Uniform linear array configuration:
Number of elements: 8
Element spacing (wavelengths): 0.25
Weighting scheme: exponential
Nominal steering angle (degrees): -15
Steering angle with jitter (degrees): -16.056
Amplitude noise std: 0.05
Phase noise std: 0.05

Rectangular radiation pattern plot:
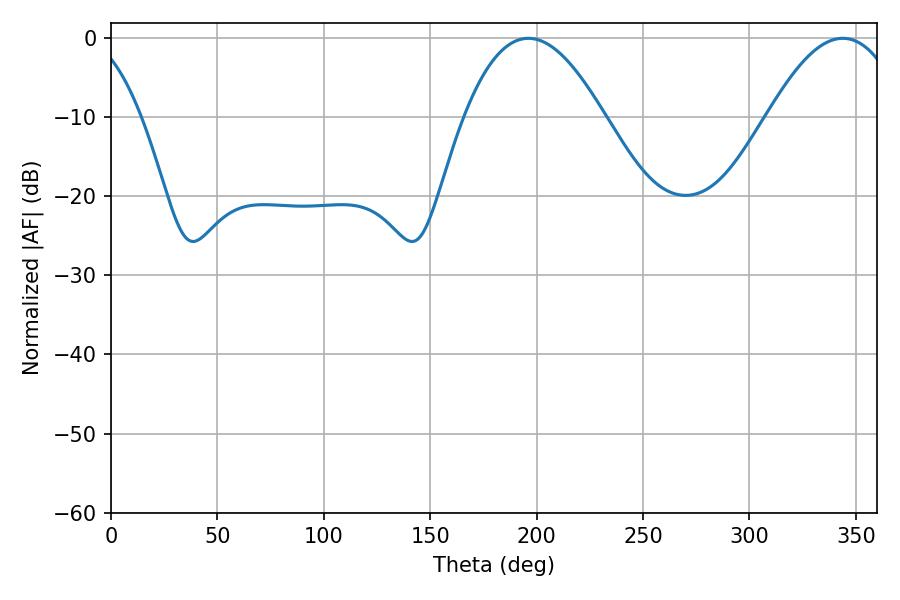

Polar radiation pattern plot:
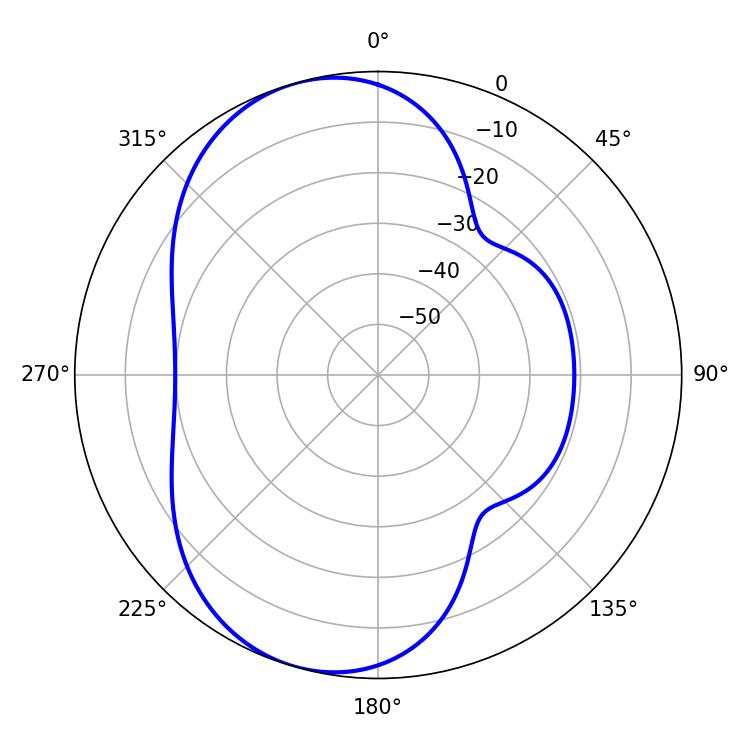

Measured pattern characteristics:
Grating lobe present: FALSE
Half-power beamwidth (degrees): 36
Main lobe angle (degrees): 196.2